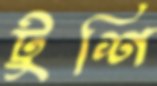
টুশি